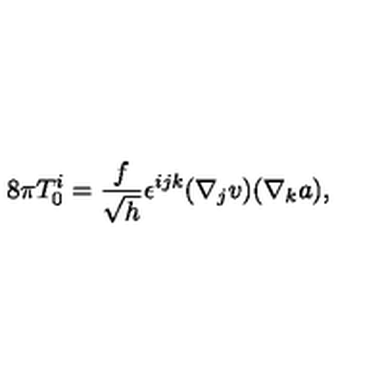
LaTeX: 8 \pi T _ { 0 } ^ { i } = \frac { f } { \sqrt { h } } \epsilon ^ { i j k } ( \nabla _ { j } v ) ( \nabla _ { k } a ) ,